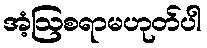
အံ့ဩစရာမဟုတ်ပါ